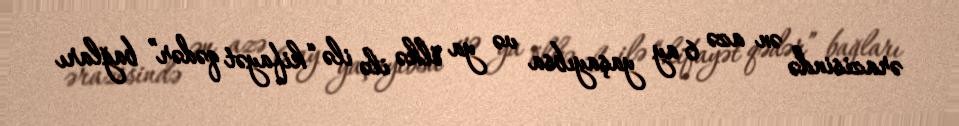
ərazisində ən azə 6 ay yaşayıbsa və ya ölkə ilə ilə “kifayət qədər” bağları